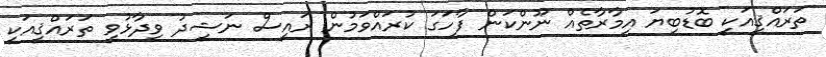
ތަރައްޤީއަކީ ބޮޑުބިޔަ އިމާރާތެއް ނޫންކަން ފާހަގަ ކުރައްވަމުން ރައީސް ނަޝީދު ވިދާޅުވީ ތަރައްޤީއަކީ